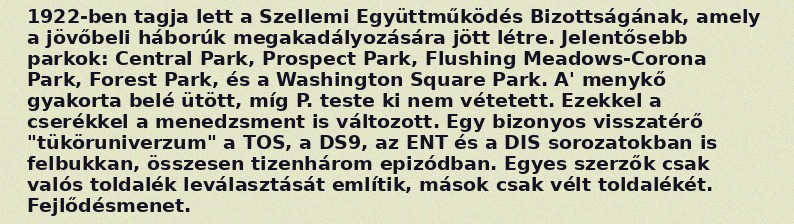
1922-ben tagja lett a Szellemi Együttműködés Bizottságának, amely a jövőbeli háborúk megakadályozására jött létre. Jelentősebb parkok: Central Park, Prospect Park, Flushing Meadows-Corona Park, Forest Park, és a Washington Square Park. A' menykő gyakorta belé ütött, míg P. teste ki nem vétetett. Ezekkel a cserékkel a menedzsment is változott. Egy bizonyos visszatérő "tüköruniverzum" a TOS, a DS9, az ENT és a DIS sorozatokban is felbukkan, összesen tizenhárom epizódban. Egyes szerzők csak valós toldalék leválasztását említik, mások csak vélt toldalékét. Fejlődésmenet.